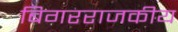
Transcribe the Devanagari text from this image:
बिगरराजकीय